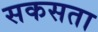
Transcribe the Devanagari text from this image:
सकसता